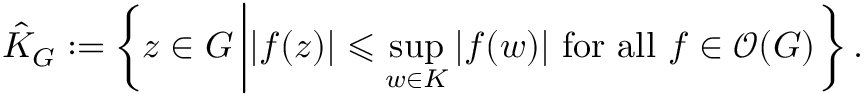
{ \hat { K } } _ { G } : = \left\{ z \in G \left| | f ( z ) | \leqslant \operatorname* { s u p } _ { w \in K } | f ( w ) | { \mathrm { ~ f o r ~ a l l ~ } } f \in { \mathcal { O } } ( G ) \right. \right\} .